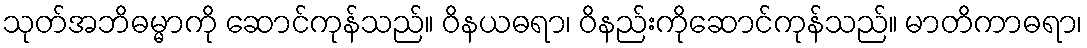
သုတ်အဘိဓမ္မာကို ဆောင်ကုန်သည်။ ဝိနယဓရာ၊ ဝိနည်းကိုဆောင်ကုန်သည်။ မာတိကာဓရာ၊